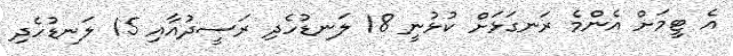
އެ ޓީމަށް އެންމެ ރަނގަޅަށް ކުޅުނީ 18 ލަނޑުހެދި ރަސީދުއާއި 15 ލަނޑުހެދި